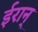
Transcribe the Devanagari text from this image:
ईरान्